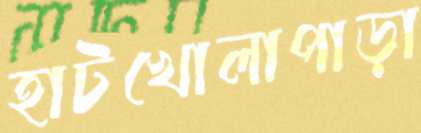
হাটখোলাপাড়া